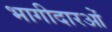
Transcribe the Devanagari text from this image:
भागीदारओं